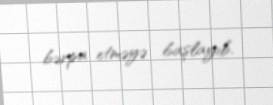
bərpa etməyə başlayıb.